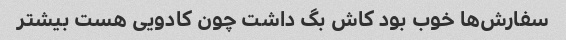
سفارش‌ها خوب بود کاش بگ داشت چون کادویی هست بیشتر